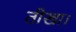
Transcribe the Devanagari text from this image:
तीखा।